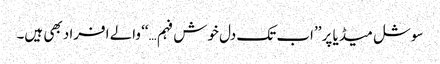
سوشل میڈیا پر ’’اب تک دل خوش فہم…‘‘ والے افراد بھی ہیں۔